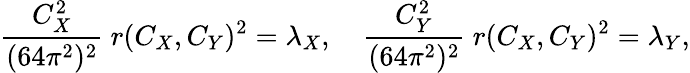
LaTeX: {\frac{C_{X}^{2}}{(64\pi^{2})^{2}}}\ r(C_{X},C_{Y})^{2}=\lambda_{X},\quad{\frac{C_{Y}^{2}}{(64\pi^{2})^{2}}}\ r(C_{X},C_{Y})^{2}=\lambda_{Y},